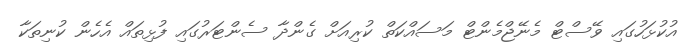
އުކުޅަހުގައި ވޭސްޓް މެނޭޖްމެންޓް މަސައްކަތް ކުރިއަށް ގެންދާ ސެންޓަރުގައި ފުޅިތައް އެހެން ކުނިތަކާ